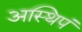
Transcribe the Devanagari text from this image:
अस्थिपं